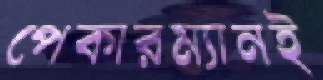
পেকারম্যানই